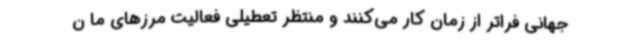
جهانی فراتر از زمان کار می‌کنند و منتظر تعطیلی فعالیت مرزهای ما ن